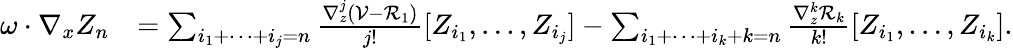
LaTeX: \begin{array}{rl}{\omega\cdot\nabla_{x}Z_{n}}&{=\sum_{i_{1}+\cdots+i_{j}=n}\frac{\nabla_{z}^{j}(\mathcal{V}-\mathcal{R}_{1})}{j!}[Z_{i_{1}},\ldots,Z_{i_{j}}]-\sum_{i_{1}+\cdots+i_{k}+k=n}\frac{\nabla_{z}^{k}\mathcal{R}_{k}}{k!}[Z_{i_{1}},\ldots,Z_{i_{k}}].}\end{array}